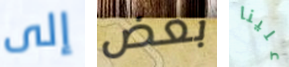
إلى بعض علينا